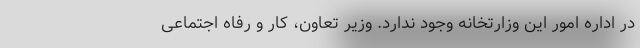
در اداره امور این وزارتخانه وجود ندارد. وزیر تعاون، کار و رفاه اجتماعی